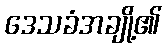
ဒေသခံအချို့၏